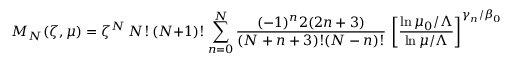
{ \cal M } _ { N } ( { \zeta } , \mu ) = \zeta ^ { N } \, N ! \, ( N + 1 ) ! \sum _ { n = 0 } ^ { N } \frac { ( - 1 ) ^ { n } 2 ( 2 n + 3 ) } { ( N + n + 3 ) ! ( N - n ) ! } \, \left[ \frac { \ln \mu _ { 0 } / \Lambda } { \ln \mu / \Lambda } \right] ^ { \gamma _ { n } / \beta _ { 0 } } \, \sum _ { k = 0 } ^ { n } \frac { ( - 1 ) ^ { k } ( k + n + 2 ) ! } { 2 \zeta ^ { k } \, k ! \, ( k + 1 ) ! \, ( n - k ) ! } \, { \cal M } _ { k } ( { \zeta } , \mu _ { 0 } ) \, .